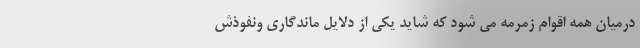
درمیان همه اقوام زمرمه می شود که شاید یکی از دلایل ماندگاری ونفوذش